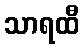
သာရထီ